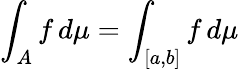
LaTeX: \int_{A}f\, d\mu=\int_{[a,b]}f\, d\mu